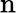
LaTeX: \mathrm{n}